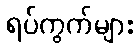
ရပ်ကွက်များ